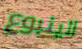
الينبوع